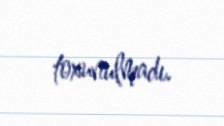
toxunulmadı.